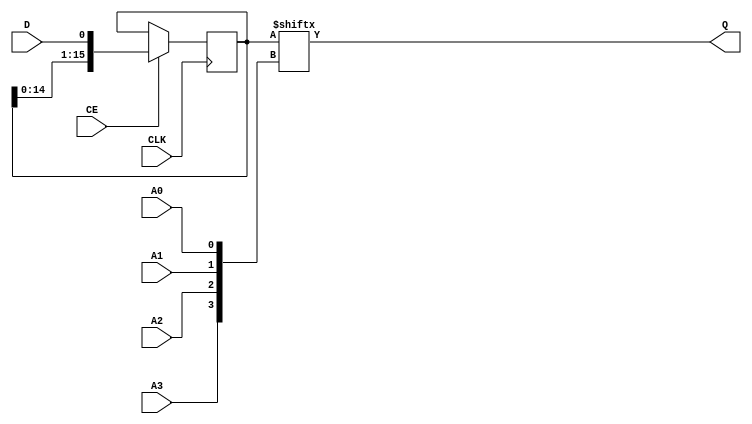
// This program was cloned from: https://github.com/fredrequin/verilator_xilinx
// License: BSD 2-Clause "Simplified" License

`ifdef verilator3
`else
`timescale 1 ps / 1 ps
`endif
//
// SRL16E primitive for Xilinx FPGAs
// Compatible with Verilator tool (www.veripool.org)
// Copyright (c) 2019-2022 Frdric REQUIN
// License : BSD
//

/* verilator coverage_off */
module SRL16E
#(
    parameter [15:0] INIT = 16'h0,
    parameter  [0:0] IS_CLK_INVERTED = 1'b0
)
(
    // Clock
    input  wire CLK,
    // Clock enable
    input  wire CE,
    // Bit output position
    input  wire A0, A1, A2, A3,
    // Data in
    input  wire D,
    // Data out
    output wire Q
);
    
    wire  [3:0] _w_addr = { A3, A2, A1, A0 };
    
    // 16-bit shift register
    reg  [15:0] _r_srl;
    
    // Power-up value
    initial begin
        _r_srl = INIT;
    end
    
    // Shifter logic
    generate
        if (IS_CLK_INVERTED) begin : GEN_CLK_NEG
            always @(negedge CLK) begin : SHIFTER_16B
            
                if (CE) begin
                    _r_srl <= { _r_srl[14:0], D };
                end
            end
        end
        else begin : GEN_CLK_POS
            always @(posedge CLK) begin : SHIFTER_16B
            
                if (CE) begin
                    _r_srl <= { _r_srl[14:0], D };
                end
            end
        end
    endgenerate
    
    // Data out
    assign Q = _r_srl[_w_addr];

endmodule
/* verilator coverage_on */